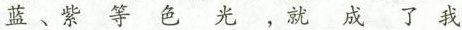
men kàn dào de hóng kōng qì zhōng de